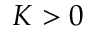
K > 0